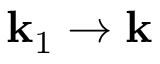
{ \bf k } _ { 1 } \to { \bf k }